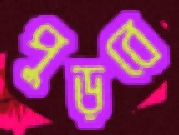
পুড়বে